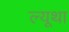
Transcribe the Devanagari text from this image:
ल्यूथा